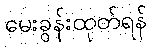
မေးခွန်းထုတ်ရန်